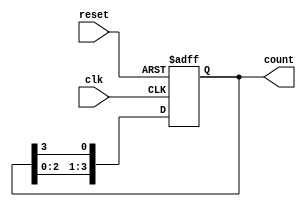
module ring_counter (
    input wire clk,           // Clock input
    input wire reset,         // Asynchronous reset input
    output reg [3:0] count    // 4-bit output
);

    // Initial state
    initial begin
        count = 4'b1000; // Initial state with one '1' and the rest '0's
    end

    // Sequential logic to update the count on the clock edge
    always @(posedge clk or posedge reset) begin
        if (reset) begin
            count <= 4'b1000; // Reset to initial state
        end else begin
            // Shift the '1' to the left and wrap around
            count <= {count[2:0], count[3]}; // Shift left and wrap around
        end
    end

endmodule